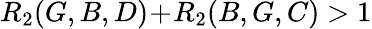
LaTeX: R_{2}(G,B,D)\! +\! R_{2}(B,G,C)>1